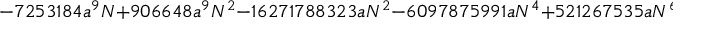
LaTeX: - 7 2 5 3 1 8 4 a ^ { 9 } N + 9 0 6 6 4 8 a ^ { 9 } N ^ { 2 } - 1 6 2 7 1 7 8 8 3 2 3 a N ^ { 2 } - 6 0 9 7 8 7 5 9 9 1 a N ^ { 4 } + 5 2 1 2 6 7 5 3 5 a N ^ { 6 }